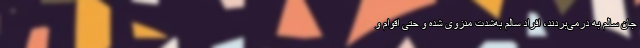
جان سالم به درمی‌بردند، افراد سالم به‌شدت منزوی شده و حتی اقوام و